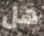
هل